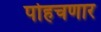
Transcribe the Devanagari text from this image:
पोहचणार